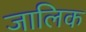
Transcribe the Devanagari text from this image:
जालिक